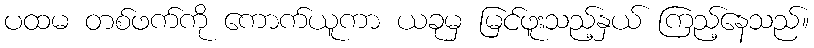
ပထမ တစ်ဖက်ကို ကောက်ယူကာ ယခုမှ မြင်ဖူးသည့်နှယ် ကြည့်နေသည်။